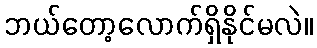
ဘယ်တော့လောက်ရှိနိုင်မလဲ။